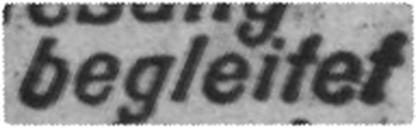
begleitet